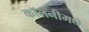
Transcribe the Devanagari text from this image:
कॉलनीमधे